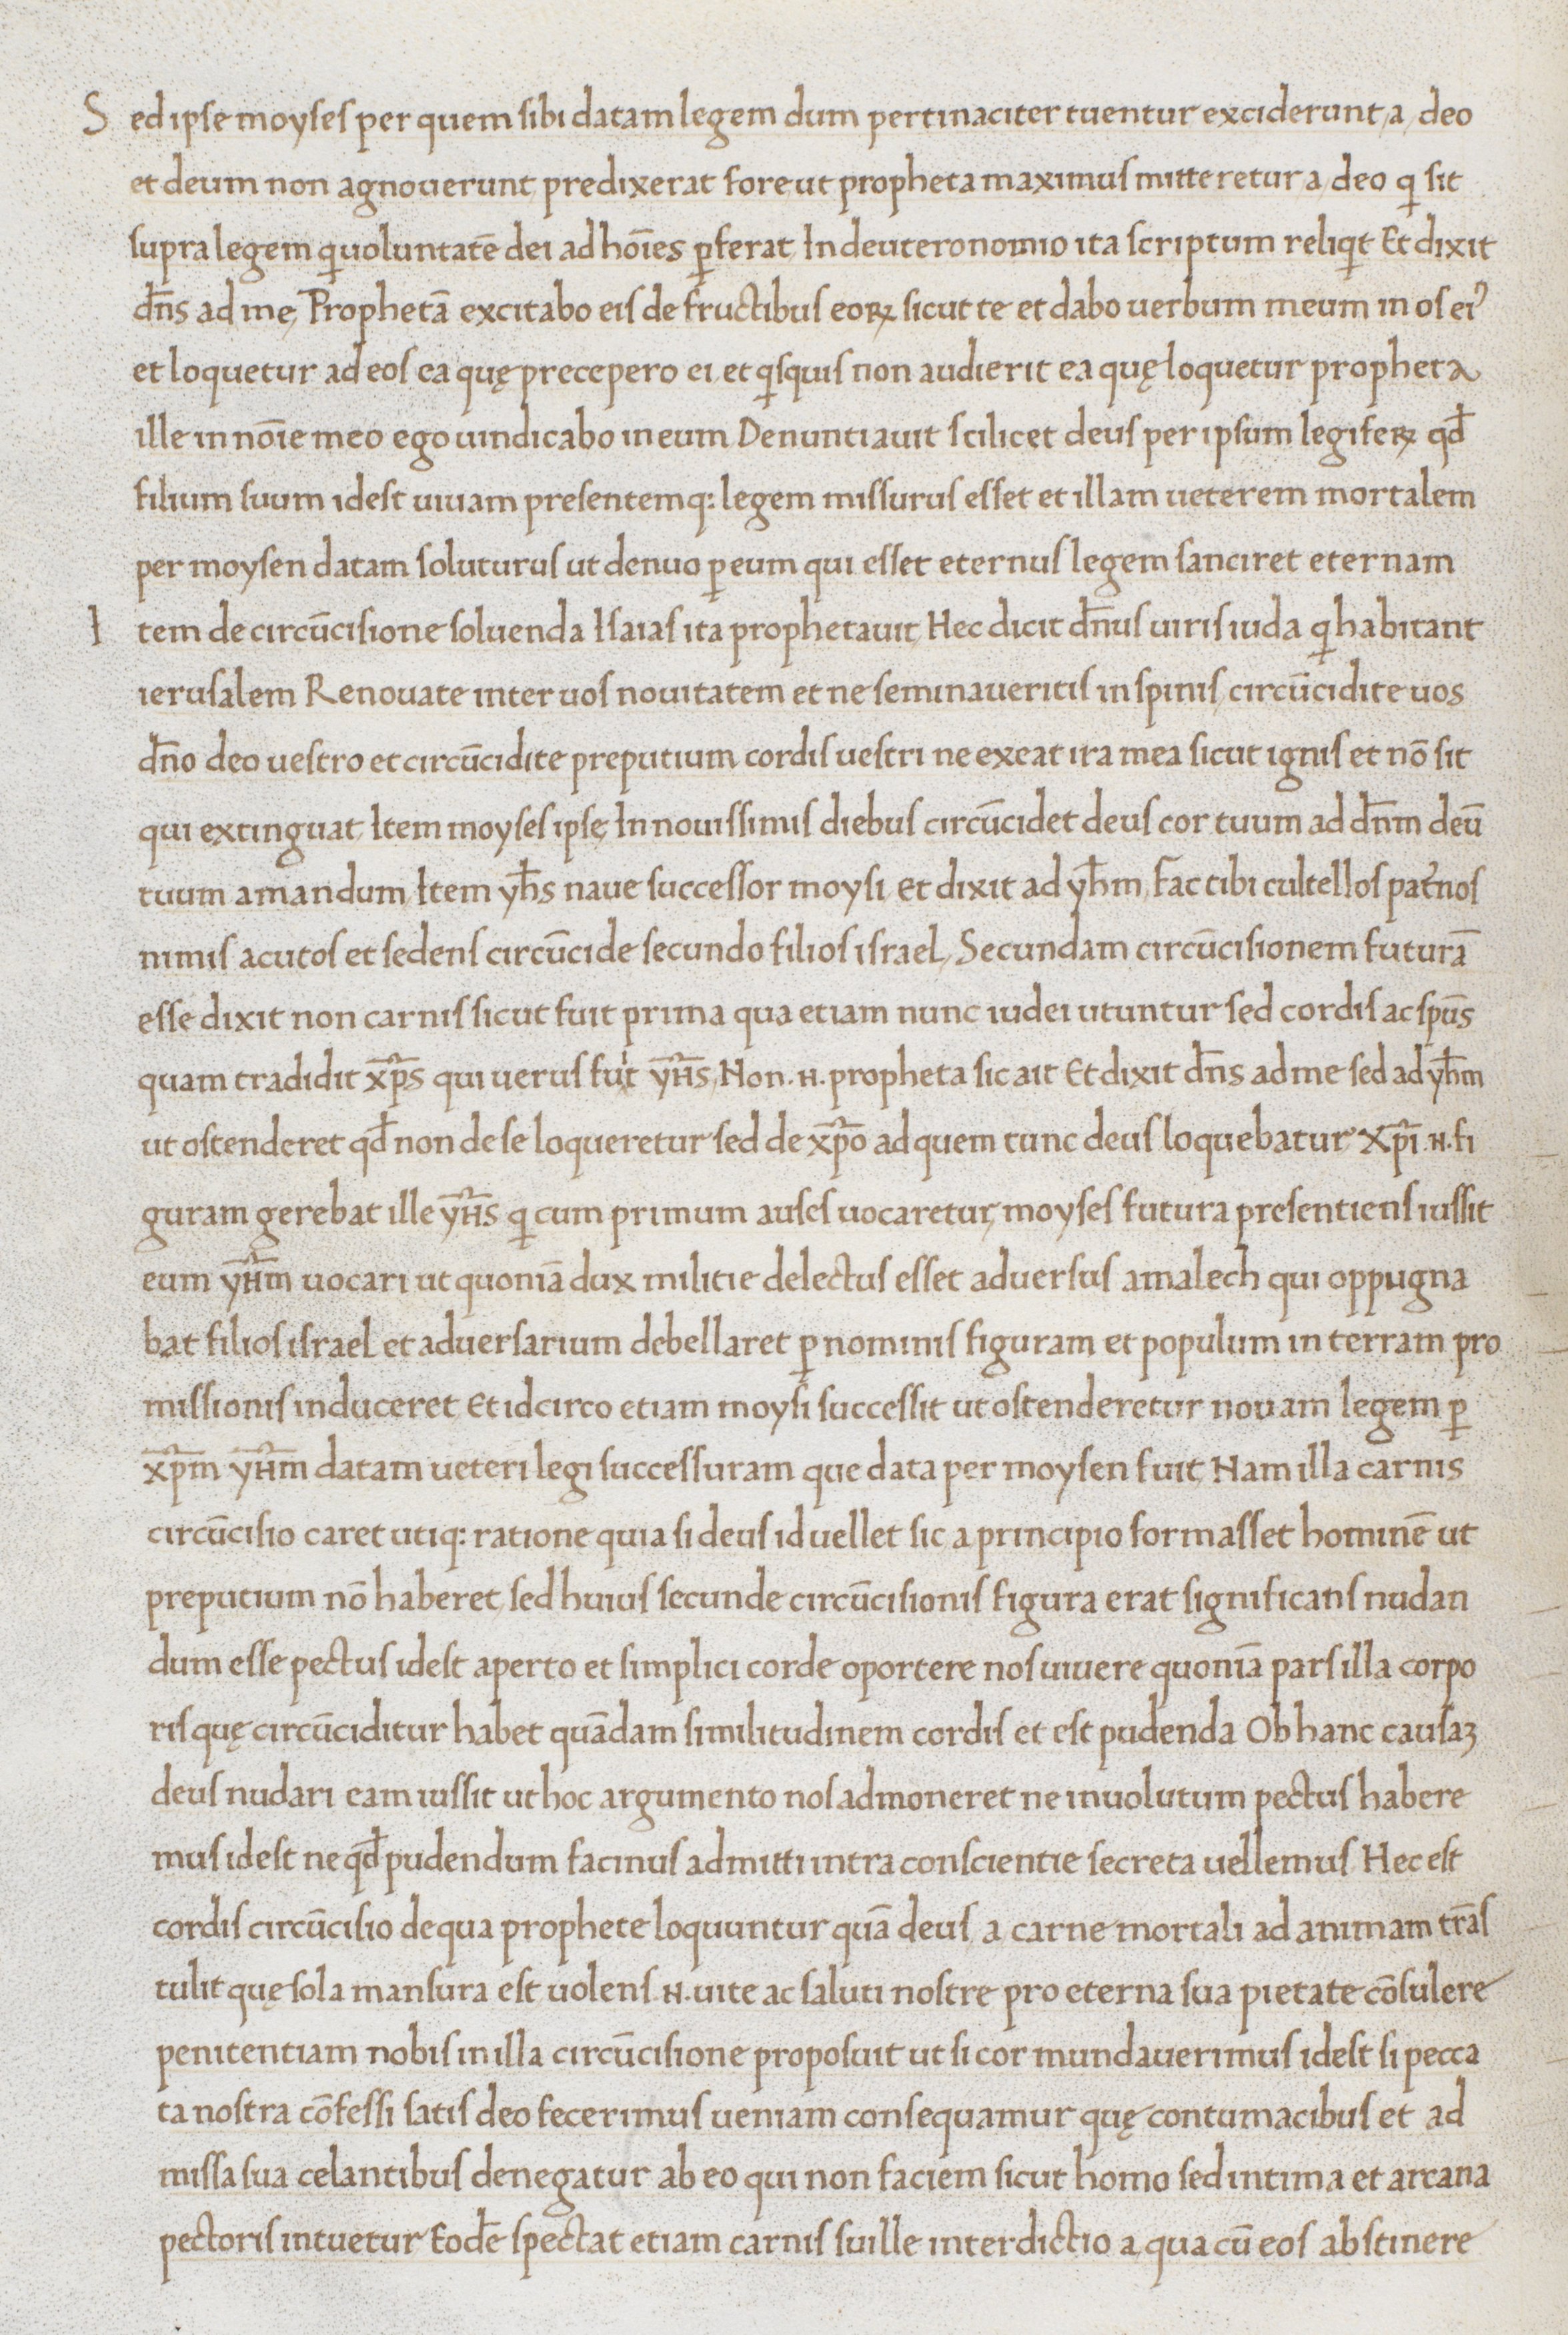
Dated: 1465–1475